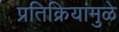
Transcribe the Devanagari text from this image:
प्रतिक्रियांमुळे